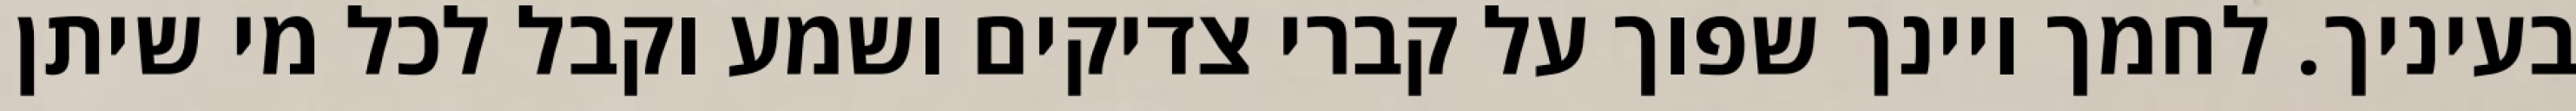
בעיניך. לחמך ויינך שפוך על קברי צדיקים ושמע וקבל לכל מי שיתן